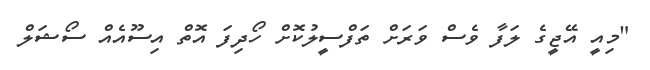
"މިއީ އޭޖީގެ ލަފާ ވެސް ވަރަށް ތަފްސީލުކޮށް ހޯދިފަ އޮތް އިސޫއެއް ސޯޝަލް